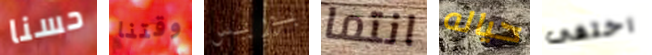
حسنا وقتنا بوريس انتما حياله اختفى